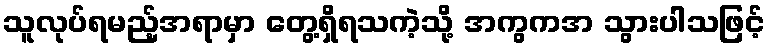
သူလုပ်ရမည့်အရာမှာ တွေ့ရှိရသကဲ့သို့ အကွကအ သွားပါသဖြင့်